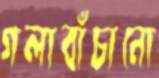
গলাবাঁচানো